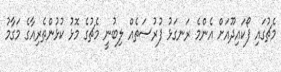
މެޗުގައި ފޯކައިދޫއަށް އެންމެ ރަނގަޅު ފުރުސަތެއް ލިބުނީ މެޗުގެ މޮޅު ކުޅުންތެރިއާގެ މަގާމު